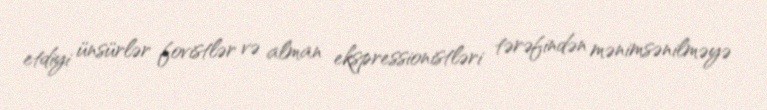
etdiyi ünsürlər fovistlər və alman ekspressionistləri tərəfindən mənimsənilməyə